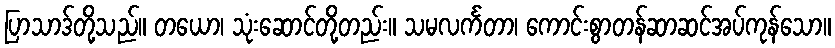
ပြာသာဒ်တို့သည်။ တယော၊ သုံးဆောင်တို့တည်း။ သမလင်္ကတာ၊ ကောင်းစွာတန်ဆာဆင်အပ်ကုန်သော။